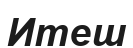
Итеш